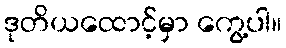
ဒုတိယထောင့်မှာ ကွေ့ပါ။